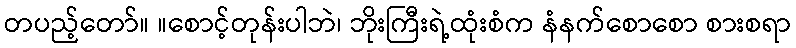
တပည့်တော်။ ။စောင့်တုန်းပါဘဲ၊ ဘိုးကြီးရဲ့ထုံးစံက နံနက်စောစော စားစရာ